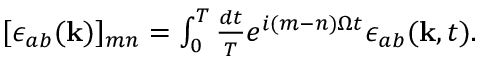
\begin{array} { r } { [ \epsilon _ { a b } ( \mathbf { k } ) ] _ { m n } = \int _ { 0 } ^ { T } \frac { d t } { T } e ^ { i ( m - n ) \Omega t } \epsilon _ { a b } ( \mathbf { k } , t ) . } \end{array}